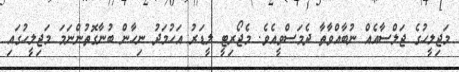
މަޖިލީހުގެ ޖަލްސާއެއް ނުބާއްވާތާ ދެމަސްވީއެވެ. މެޖޯރިޓީ ލީޑަރު އަހުމަދު ނިހާން ބުނާގޮތުންނަމަ މަޖިލީހުގައި